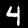
Digit: 4